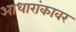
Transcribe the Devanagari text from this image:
आधारांकावर